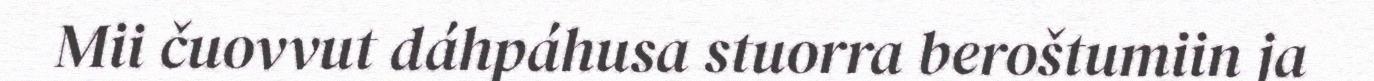
Mii čuovvut dáhpáhusa stuorra beroštumiin ja